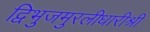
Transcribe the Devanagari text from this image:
द्विभुजमुरलीधारीश्री